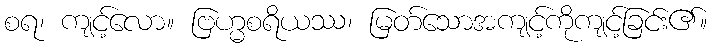
စရ၊ ကျင့်လော။ ဗြဟ္မစရိယဿ၊ မြတ်သောအကျင့်ကိုကျင့်ခြင်း၏။